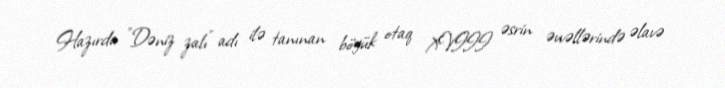
Hazırda "Dəniz zalı" adı ilə tanınan böyük otaq XVIII əsrin əvvəllərində əlavə